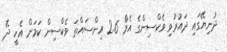
ދުނިޔޭގައި ދައުރުވި ވެކްސިންގެ އެމްެ 2.6 އިންސައްތަ ވެކްސިން ކަމަށް އެހީ ދޭ